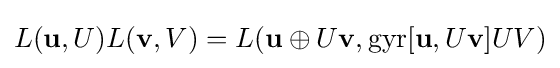
L(\mathbf {u} ,U)L(\mathbf {v} ,V)=L(\mathbf {u} \oplus U\mathbf {v} ,\mathrm {gyr} [\mathbf {u} ,U\mathbf {v} ]UV)